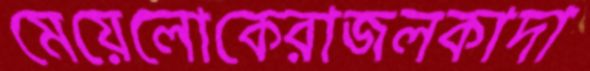
মেয়েলোকেরাজলকাদা